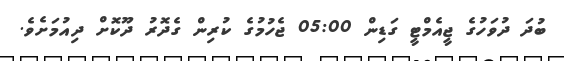
ބުދަ ދުވަހުގެ ޖީއެމްޓީ ގަޑިން 05:00 ޖެހުމުގެ ކުރިން ގެދޮރު ދޫކޮށް ދިއުމަށެވެ.